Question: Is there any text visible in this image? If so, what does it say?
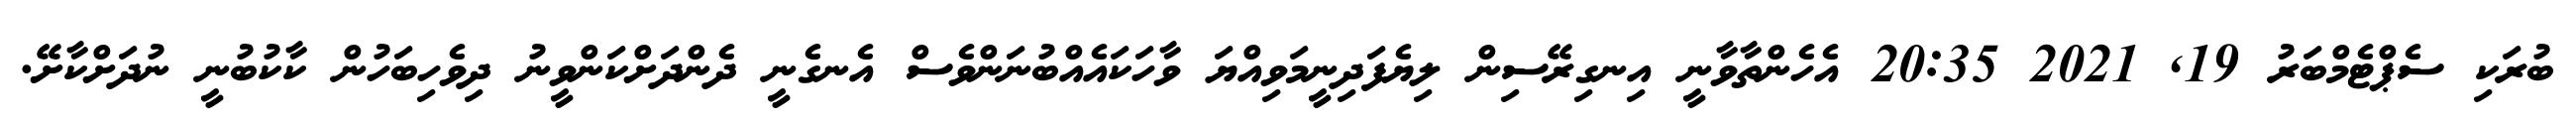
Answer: ބުރަކި ސެޕްޓެމްބަރު 19, 2021 20:35 އެހެންތާވާނީ އިނގިރޭސިން ލިޔެފަދިނީމަވިއްޔަ ވާހަކައެއްބުނަންވެސް އެނގެނީ ދެންދަށްކަންވީނު ދިވެހިބަހުން ކާކުބުނީ ނުދަށްކާށޭ.